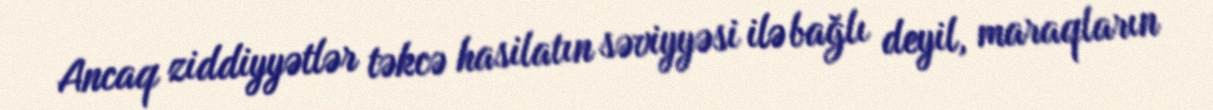
Ancaq ziddiyyətlər təkcə hasilatın səviyyəsi ilə bağlı deyil, maraqların